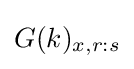
G(k)_{x,r:s}